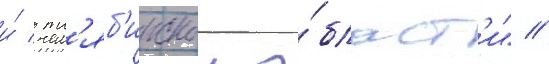
и́ чел'яб'инскои о́бласт'и" //